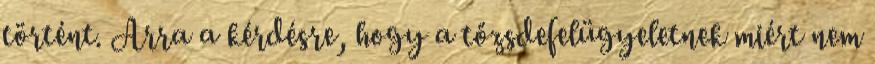
történt. Arra a kérdésre, hogy a tőzsdefelügyeletnek miért nem